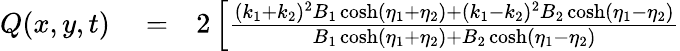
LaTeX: \begin{array}{rlr}{Q(x,y,t)}&{{}=}&{2\left[\frac{(k_{1}+k_{2})^{2}B_{1}\cosh(\eta_{1}+\eta_{2})+(k_{1}-k_{2})^{2}B_{2}\cosh(\eta_{1}-\eta_{2})}{B_{1}\cosh(\eta_{1}+\eta_{2})+B_{2}\cosh(\eta_{1}-\eta_{2})}\right.}\end{array}